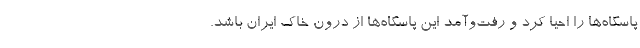
پاسگاه‌ها را احيا كرد و رفت‌وآمد اين پاسگاه‌ها از درون خاك ايران باشد.